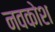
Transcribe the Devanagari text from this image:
नवकोश